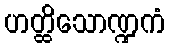
ဟတ္ထိသောဏ္ဍကံ